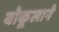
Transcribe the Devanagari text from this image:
वोकूलाने